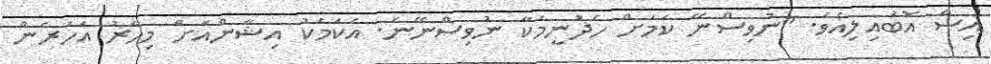
އިސް އޮބައިލިއެވެ. "ނުވިސްނޭ ކަމަށް ހެދުނީމަކާ ނުވިސްނޭނެ. އެކަމަކު އިޝާންއަށް މިހާރު އަހަރެން